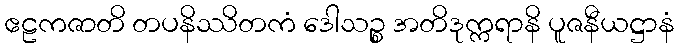
ဧဠကဇာတိ တပနိဿိတကံ ဒေါသဉ္စ အတိဒုက္ကရာနိ ပူဇနီယဋ္ဌာနံ